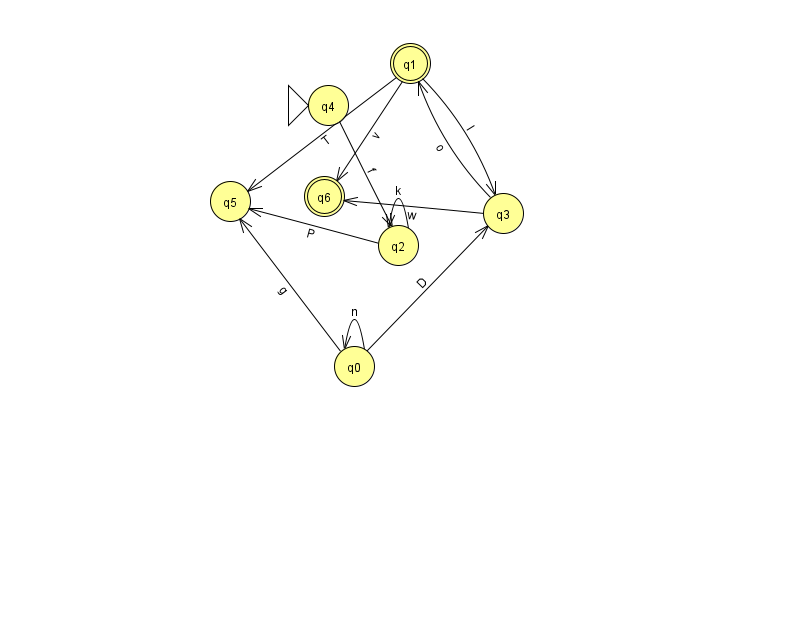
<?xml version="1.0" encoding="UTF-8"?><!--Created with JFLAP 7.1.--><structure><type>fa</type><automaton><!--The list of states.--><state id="0" name="q0"><x>354.0</x><y>353.0</y></state><state id="1" name="q1"><x>410.0</x><y>50.0</y><final/></state><state id="2" name="q2"><x>398.0</x><y>232.0</y></state><state id="3" name="q3"><x>503.0</x><y>200.0</y></state><state id="4" name="q4"><x>328.0</x><y>92.0</y><initial/></state><state id="5" name="q5"><x>230.0</x><y>188.0</y></state><state id="6" name="q6"><x>324.0</x><y>183.0</y><final/></state><!--The list of transitions.--><transition><from>1</from><to>6</to><read>v</read></transition><transition><from>1</from><to>5</to><read>T</read></transition><transition><from>3</from><to>1</to><read>o</read></transition><transition><from>0</from><to>5</to><read>g</read></transition><transition><from>1</from><to>3</to><read>l</read></transition><transition><from>0</from><to>3</to><read>D</read></transition><transition><from>3</from><to>6</to><read>w</read></transition><transition><from>2</from><to>2</to><read>k</read></transition><transition><from>2</from><to>5</to><read>P</read></transition><transition><from>0</from><to>0</to><read>n</read></transition><transition><from>4</from><to>2</to><read>f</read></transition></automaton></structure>